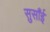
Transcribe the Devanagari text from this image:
सुसाँई